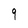
Character: g